画像に写った文字を読んでください
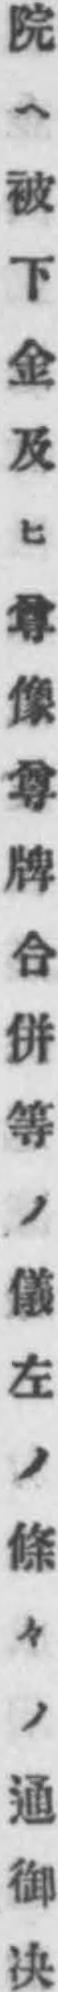
「院ヘ被下金及ヒ尊像尊牌合併等ノ儀左ノ條々ノ通御决」と書いてあります